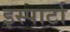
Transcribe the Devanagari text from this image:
इस्पार्टा